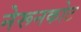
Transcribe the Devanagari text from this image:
नेरूनकोट